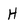
Character: H